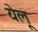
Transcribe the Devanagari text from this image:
येलू